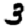
Digit: 3